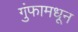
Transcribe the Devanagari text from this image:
गुंफामधून